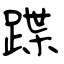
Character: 蹀